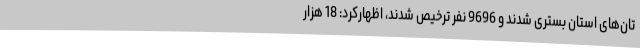
تان‌های استان بستری شدند و 9696 نفر ترخیص شدند، اظهارکرد: 18 هزار